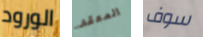
الورود المعقد سوف